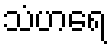
သံဟရေ